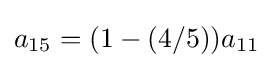
a_{15}=(1-(4/5))a_{11}